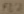
Text: FL2